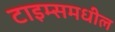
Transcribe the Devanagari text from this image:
टाइम्समधील